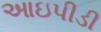
આઇપીડી